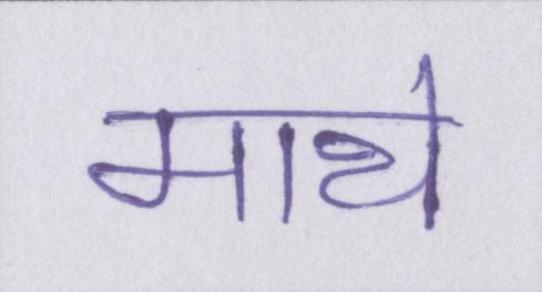
माथे